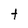
Character: t